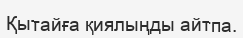
Қытайға қиялыңды айтпа.